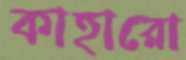
কাহারো